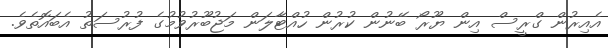
އެއިރުން ގްރީސް އިން ޔޫރޯ ބޭނުން ކުރުން ހުއްޓާލަން މަޖުބޫރުވުމުގެ ފުރުސަތު އެބައޮތެވެ.